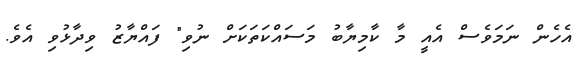
އެހެެން ނަމަވެސް އެއީ މާ ކާމިޔާބު މަސައްކަތަކަށް ނުވި" ފައްޔާޒު ވިދާޅުވި އެވެ.